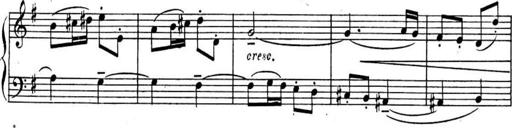
Title: Sonatines
Composer: Hedwige ChrÃ©tien